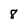
Character: 8